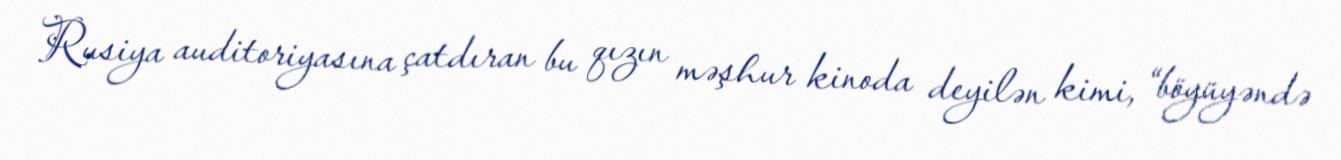
Rusiya auditoriyasına çatdıran bu qızın məşhur kinoda deyilən kimi, “böyüyəndə